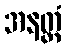
အနတ္တံ